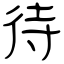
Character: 待